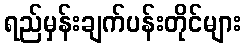
ရည်မှန်းချက်ပန်းတိုင်များ